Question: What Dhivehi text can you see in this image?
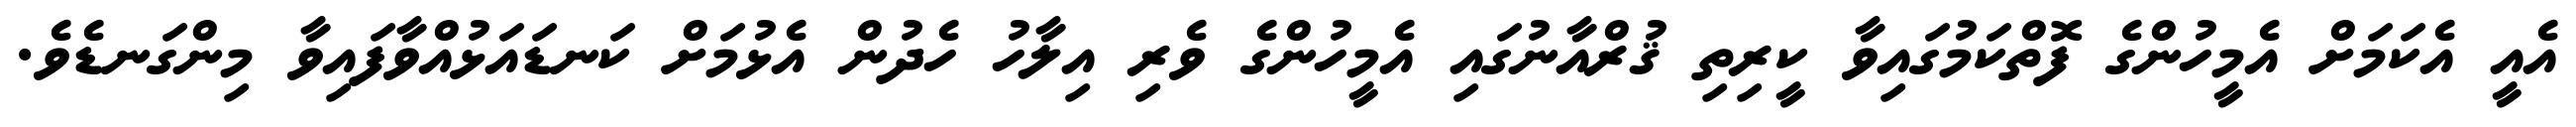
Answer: އެއީ އެކަމަށް އެމީހުންގެ ފޮތްކަމުގައިވާ ކީރިތި ޤުރްއާނުގައި އެމީހުންގެ ވެރި އިލާހު ހެދުން އެޅުމަށް ކަނޑައަޅުއްވާފައިވާ މިންގަނޑެވެ.